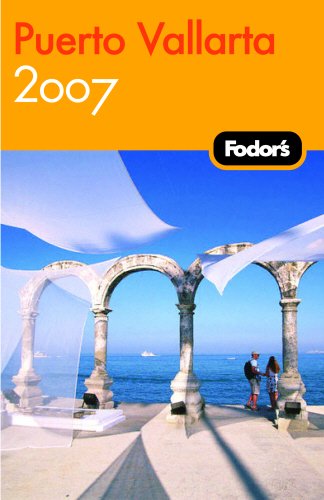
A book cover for Fodor's Puerto Vallarta 2007: With Excursions to Guadalajara, San Blas, and Inland Mountain Towns (Fodor's Gold Guides); Jane Onstott; Travel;